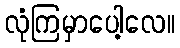
လုံကြမှာပေါ့လေ။